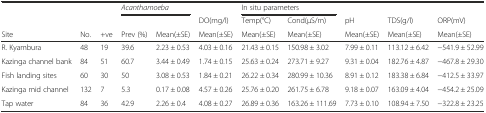
<table><thead><tr><td></td><td></td><td></td><td colspan="2"><b><i>Acanthamoeba</i></b></td><td></td><td colspan="2"><b>In situ parameters</b></td><td></td><td></td><td></td></tr><tr><td></td><td></td><td></td><td></td><td></td><td><b>DO(mg/l)</b></td><td><b>Temp(°C)</b></td><td><b>Cond(μS/m)</b></td><td><b>pH</b></td><td><b>TDS(g/l)</b></td><td><b>ORP(mV)</b></td></tr><tr><td><b>Site</b></td><td><b>No.</b></td><td><b>+ve</b></td><td><b>Prev (%)</b></td><td><b>Mean(±SE)</b></td><td><b>Mean(±SE)</b></td><td><b>Mean(±SE)</b></td><td><b>Mean(±SE)</b></td><td><b>Mean(±SE)</b></td><td><b>Mean(±SE)</b></td><td><b>Mean(±SE)</b></td></tr></thead><tbody><tr><td>R. Kyambura</td><td>48</td><td>19</td><td>39.6</td><td>2.23 ± 0.53</td><td>4.03 ± 0.16</td><td>21.43 ± 0.15</td><td>150.98 ± 3.02</td><td>7.99 ± 0.11</td><td>113.12 ± 6.42</td><td>−541.9 ± 52.99</td></tr><tr><td>Kazinga channel bank</td><td>84</td><td>51</td><td>60.7</td><td>3.44 ± 0.49</td><td>1.74 ± 0.15</td><td>25.63 ± 0.24</td><td>273.71 ± 9.27</td><td>9.31 ± 0.04</td><td>182.76 ± 4.87</td><td>−467.8 ± 29.30</td></tr><tr><td>Fish landing sites</td><td>60</td><td>30</td><td>50</td><td>3.08 ± 0.53</td><td>1.84 ± 0.21</td><td>26.22 ± 0.34</td><td>280.99 ± 10.36</td><td>8.91 ± 0.12</td><td>183.38 ± 6.84</td><td>−412.5 ± 33.97</td></tr><tr><td>Kazinga mid channel</td><td>132</td><td>7</td><td>5.3</td><td>0.17 ± 0.08</td><td>4.57 ± 0.26</td><td>25.76 ± 0.20</td><td>261.75 ± 6.78</td><td>9.18 ± 0.07</td><td>163.09 ± 4.04</td><td>−454.2 ± 25.09</td></tr><tr><td>Tap water</td><td>84</td><td>36</td><td>42.9</td><td>2.26 ± 0.4</td><td>4.08 ± 0.27</td><td>26.89 ± 0.36</td><td>163.26 ± 111.69</td><td>7.73 ± 0.10</td><td>108.94 ± 7.50</td><td>−322.8 ± 23.25</td></tr></tbody></table>